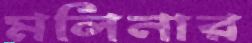
মলিনার